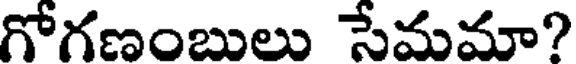
గోగణంబులు సేమమా?